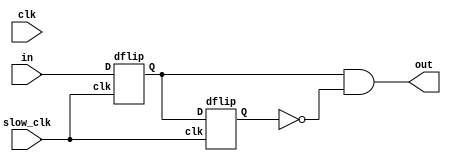
`timescale 1ns / 1ps


module debounce(
    input clk,
    input slow_clk,
    input in,
    output out
    );
    wire Q1, Q2;
    assign out = (Q1 && (~Q2));
    
    dflip d0(.clk(slow_clk),.D(in),.Q(Q1));
    dflip d1(.clk(slow_clk),.D(Q1),.Q(Q2));
    
    
endmodule


module dflip(
    input clk,
    input D,
    output reg Q
    );
    initial begin
    Q <= 0;
    end
    
    always @(posedge clk) begin
    Q <= D;
    end
    
endmodule